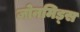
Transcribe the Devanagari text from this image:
जोनमिड्स